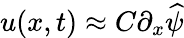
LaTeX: u(x,t)\approx C\partial_{x}\widehat{\psi}